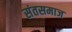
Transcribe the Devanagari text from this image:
संतसमाज